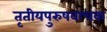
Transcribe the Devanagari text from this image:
तृतीयपुरुषवाचक